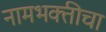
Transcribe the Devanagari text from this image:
नामभक्तीचा